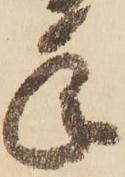
年